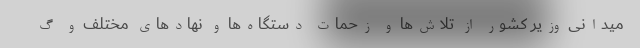
میدانی وزیر کشور از تلاش‌ها و زحمات دستگاه‌ها و نهادهای مختلف و گ